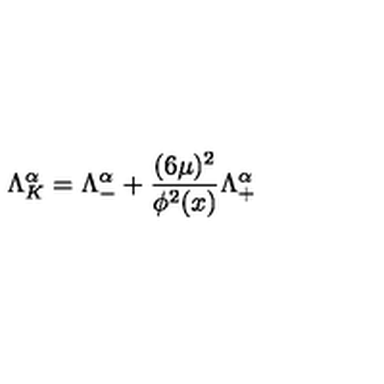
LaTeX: \Lambda _ { K } ^ { \alpha } = \Lambda _ { - } ^ { \alpha } + { \frac { ( 6 \mu ) ^ { 2 } } { \phi ^ { 2 } ( x ) } } \Lambda _ { + } ^ { \alpha }